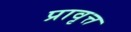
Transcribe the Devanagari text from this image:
प्रावृत्त